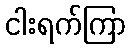
ငါးရက်ကြာ